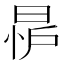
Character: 𪰨